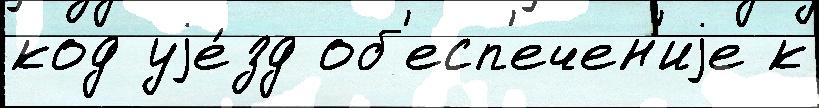
код уjе́зд об'есп'ечен'иjе к